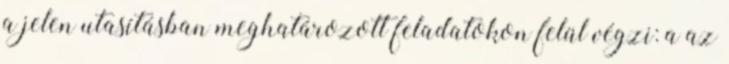
a jelen utasításban meghatározott feladatokon felül végzi: a az